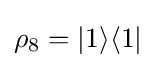
\rho _{8}=|1\rangle \langle 1|